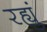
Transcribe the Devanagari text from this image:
रह्युं